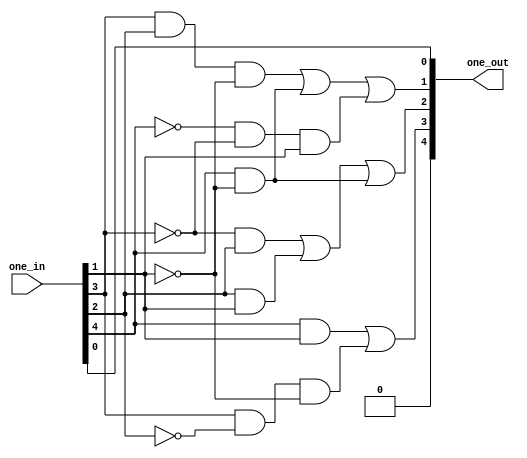
// Copyright (C) 2020  Intel Corporation. All rights reserved.
// Your use of Intel Corporation's design tools, logic functions 
// and other software and tools, and any partner logic 
// functions, and any output files from any of the foregoing 
// (including device programming or simulation files), and any 
// associated documentation or information are expressly subject 
// to the terms and conditions of the Intel Program License 
// Subscription Agreement, the Intel Quartus Prime License Agreement,
// the Intel FPGA IP License Agreement, or other applicable license
// agreement, including, without limitation, that your use is for
// the sole purpose of programming logic devices manufactured by
// Intel and sold by Intel or its authorized distributors.  Please
// refer to the applicable agreement for further details, at
// https://fpgasoftware.intel.com/eula.

// PROGRAM		"Quartus Prime"
// VERSION		"Version 20.1.1 Build 720 11/11/2020 SJ Lite Edition"
// CREATED		"Thu Dec 23 10:32:22 2021"

module mapping(
	one_in,
	one_out
);


input wire	[4:0] one_in;
output wire	[4:0] one_out;

wire	[4:0] one_out_ALTERA_SYNTHESIZED;
wire	SYNTHESIZED_WIRE_0;
wire	SYNTHESIZED_WIRE_1;
wire	SYNTHESIZED_WIRE_2;
wire	SYNTHESIZED_WIRE_3;
wire	SYNTHESIZED_WIRE_4;
wire	SYNTHESIZED_WIRE_5;
wire	SYNTHESIZED_WIRE_6;
wire	SYNTHESIZED_WIRE_7;
wire	SYNTHESIZED_WIRE_8;
wire	SYNTHESIZED_WIRE_9;
wire	SYNTHESIZED_WIRE_10;
wire	SYNTHESIZED_WIRE_11;
wire	SYNTHESIZED_WIRE_12;
wire	SYNTHESIZED_WIRE_13;
wire	SYNTHESIZED_WIRE_14;
wire	SYNTHESIZED_WIRE_15;
wire	SYNTHESIZED_WIRE_16;




assign	one_out_ALTERA_SYNTHESIZED[1] = SYNTHESIZED_WIRE_0 | SYNTHESIZED_WIRE_1 | SYNTHESIZED_WIRE_2;


assign	SYNTHESIZED_WIRE_3 =  ~one_in[0];

assign	one_out_ALTERA_SYNTHESIZED[0] =  ~SYNTHESIZED_WIRE_3;

assign	one_out_ALTERA_SYNTHESIZED[2] = SYNTHESIZED_WIRE_4 | SYNTHESIZED_WIRE_5 | SYNTHESIZED_WIRE_6;

assign	one_out_ALTERA_SYNTHESIZED[3] = SYNTHESIZED_WIRE_7 | SYNTHESIZED_WIRE_8;

assign	SYNTHESIZED_WIRE_2 = SYNTHESIZED_WIRE_9 & SYNTHESIZED_WIRE_10 & one_in[1];

assign	SYNTHESIZED_WIRE_0 = one_in[3] & one_in[2] & SYNTHESIZED_WIRE_11;

assign	SYNTHESIZED_WIRE_8 = one_in[3] & SYNTHESIZED_WIRE_12 & SYNTHESIZED_WIRE_13;

assign	SYNTHESIZED_WIRE_1 = one_in[4] & SYNTHESIZED_WIRE_14;

assign	SYNTHESIZED_WIRE_6 = one_in[4] & SYNTHESIZED_WIRE_15;

assign	SYNTHESIZED_WIRE_4 = SYNTHESIZED_WIRE_16 & one_in[2];

assign	SYNTHESIZED_WIRE_5 = one_in[2] & one_in[1];

assign	SYNTHESIZED_WIRE_7 = one_in[4] & one_in[1];

assign	SYNTHESIZED_WIRE_9 =  ~one_in[4];

assign	SYNTHESIZED_WIRE_10 =  ~one_in[3];

assign	SYNTHESIZED_WIRE_11 =  ~one_in[1];

assign	SYNTHESIZED_WIRE_14 =  ~one_in[1];

assign	SYNTHESIZED_WIRE_12 =  ~one_in[2];

assign	SYNTHESIZED_WIRE_13 =  ~one_in[1];

assign	SYNTHESIZED_WIRE_15 =  ~one_in[1];

assign	SYNTHESIZED_WIRE_16 =  ~one_in[3];

assign	one_out = one_out_ALTERA_SYNTHESIZED;
assign	one_out_ALTERA_SYNTHESIZED[4] = 0;

endmodule